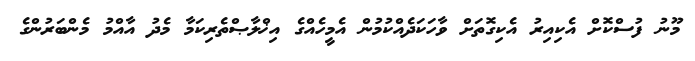
މޫނު ފުސްކޮށް އެކިއިރު އެކިގޮތަށް ވާހަކަދެއްކުމުން އެމީހެއްގެ އިޚްލާޞްތެރިކަމާ މެދު އާއްމު މެންބަރުންގެ